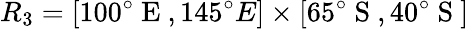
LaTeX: R_{3}=[100^{\circ}\mathrm{~E~},145^{\circ}{E}]\times[65^{\circ}\mathrm{~S~},40^{\circ}\mathrm{~S~}]